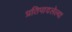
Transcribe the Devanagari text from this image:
प्रतिपादलेल्या